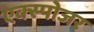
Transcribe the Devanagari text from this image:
एक्‍स्पोजर